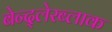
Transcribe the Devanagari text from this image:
बेन्द्लेरब्लाक